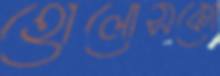
হোলোসকো